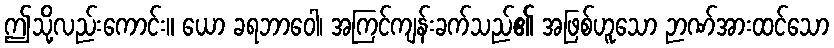
ဤသို့လည်းကောင်း။ ယော ခရဘာဝေါ၊ အကြင်ကျန်းခက်သည်၏ အဖြစ်ဟူသော ဉာဏ်အားထင်သော